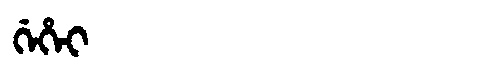
Manchu: ᡤᡝᡥᡝᡳ
Romanization: GEHEI